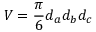
V = \frac { \pi } { 6 } d _ { a } d _ { b } d _ { c }